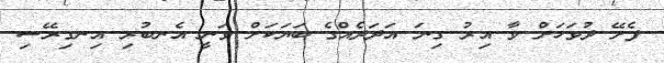
ފެށޭ ދުވަހަށް ވާ އިރު ގިނަ އަދަދެއްގެ ބަޔަކަށް ވަނީ އެނބުރި އިނގިރޭސި